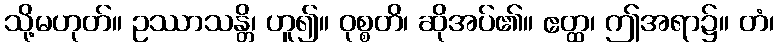
သို့မဟုတ်။ ဥဿာသန္တိ၊ ဟူ၍။ ဝုစ္စတိ၊ ဆိုအပ်၏။ ဧတ္ထ၊ ဤအရာ၌။ တံ၊